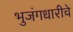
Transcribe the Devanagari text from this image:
भुजंगधारीचे